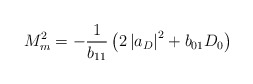
\begin{align*}M_{m}^{2}=-\frac{1}{b_{11}}\left( 2\left| a_{D}\right| ^{2}+{b}_{01}D_0\right) \end{align*}